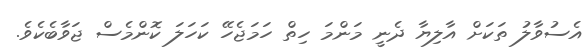
އެސުވާލު ތަކަށް އާލިޔާ ދެނީ މަންމަ ހިތް ހަމަޖެހޭ ކަހަލަ ކޮންމެސް ޖަވާބެކެވެ.